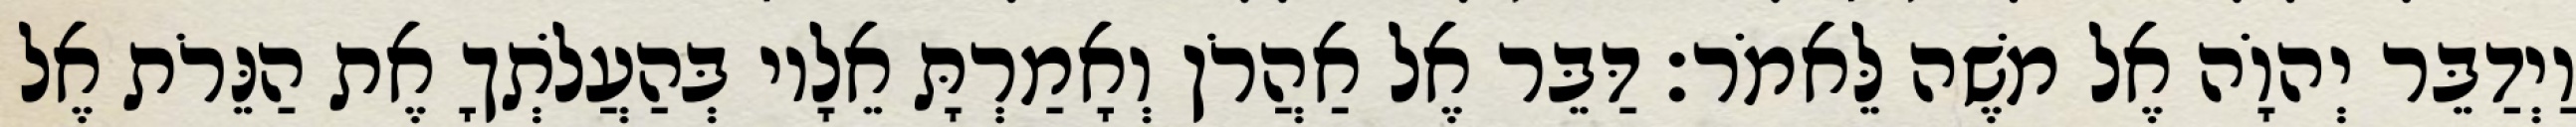
וַיְדַבֵּר יְהוָֹה אֶל משֶׁה לֵּאמֹר׃ דַּבֵּר אֶל אַהֲרֹן וְאָמַרְתָּ אֵלָיו בְּהַעֲלֹתְךָ אֶת הַנֵּרֹת אֶל